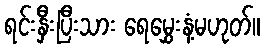
ရင်းနှီးပြီးသား ရေမွှေးနံ့မဟုတ်။